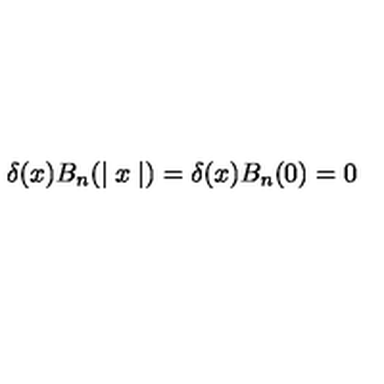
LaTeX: \delta ( x ) B _ { n } ( \mid x \mid ) = \delta ( x ) B _ { n } ( 0 ) = 0